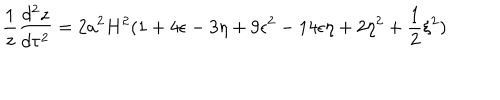
LaTeX: \frac { 1 } { z } \frac { d ^ { 2 } z } { d \tau ^ { 2 } } = 2 a ^ { 2 } H ^ { 2 } ( 1 + 4 \epsilon - 3 \eta + 9 \epsilon ^ { 2 } - 1 4 \epsilon \eta + 2 \eta ^ { 2 } + \frac { 1 } { 2 } \xi ^ { 2 } )